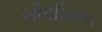
ગૌસીયન